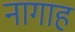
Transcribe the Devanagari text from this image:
नागाह